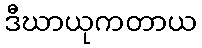
ဒီဃာယုကတာယ